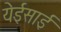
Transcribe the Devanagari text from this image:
येईसाई